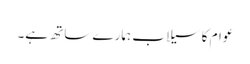
عوام کا سیلاب ہمارے ساتھ ہے۔